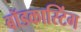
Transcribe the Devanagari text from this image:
बॉडकास्टिंग